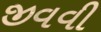
જીવવી